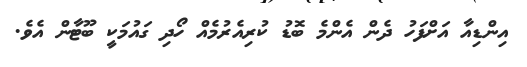
އިންޑިއާ އަށްފަހު ދެން އެންމެ ބޮޑު ކުރިއެރުމެއް ހޯދި ގައުމަކީ ބޫޓާން އެވެ.